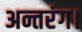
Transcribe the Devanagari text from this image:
अन्तरंग।